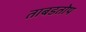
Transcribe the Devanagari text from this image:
ताबडतोप